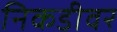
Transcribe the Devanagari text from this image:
निकडीवर